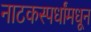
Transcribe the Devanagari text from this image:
नाटकस्पर्धांमधून